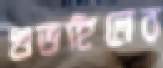
গুডহিলের